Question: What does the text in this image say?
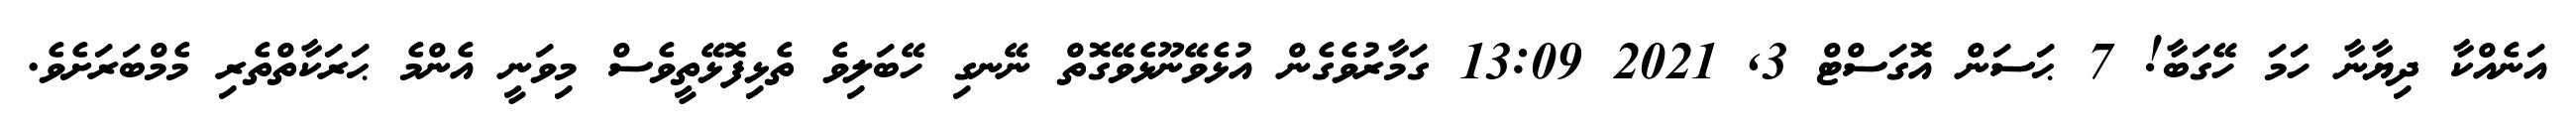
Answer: އަނެއްކާ ދިޔާނާ ހަމަ ހޭގަބާ! 7 ޙަސަން އޮގަސްޓް 3, 2021 13:09 ގަމާރުވެގެން އުޅެވޭނޫޅެވޭގޮތް ނޭނގި ހޭބަލިވެ ތެޅިފޮޅޭތީވެސް މިވަނީ އެންމެ ޙަރަކާތްތެރި މެމްބަރަށެވެ.